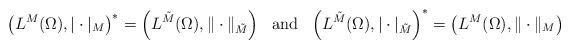
LaTeX: \begin{align*}\left( L^{{M}}(\Omega),|\cdot |_{{M}}\right)^* = \left( L^{\tilde{M}}(\Omega),\|\cdot \|_{\tilde{M}}\right)\ \mbox{ and } \ \left( L^{\tilde{M}}(\Omega),|\cdot |_{\tilde{M}}\right)^* =\left( L^{{M}}(\Omega),\|\cdot \|_{{M}}\right)\end{align*}